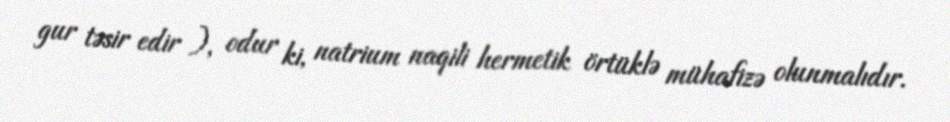
gur təsir edir ), odur ki, natrium naqili hermetik örtüklə mühafizə olunmalıdır.